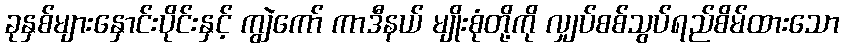
ခုနှစ်များနှောင်းပိုင်းနှင့် ကျွဲကော် ကာဒီနယ် မျိုးစုံတို့ကို လျှပ်စစ်သွပ်ရည်စိမ်ထားသော